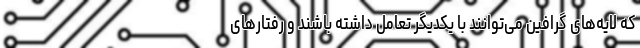
که لایه‌های گرافین می‌توانند با یکدیگر تعامل داشته باشند و رفتارهای